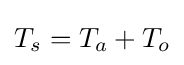
T_{s}=T_{a}+T_{o}